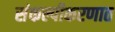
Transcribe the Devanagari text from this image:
संकल्पीकरणात